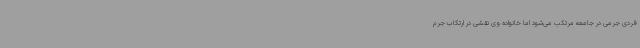
فردی جرمی در جامعه مرتکب می‌شود اما خانواده وی نقشی در ارتکاب جرم